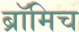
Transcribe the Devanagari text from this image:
ब्रॉमिच